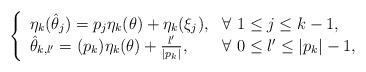
LaTeX: \begin{align*}\left\{\begin{array}{ll}{\eta_{k}}(\hat{\theta}_{j})=p_{j}{\eta_{k}}(\theta)+{\eta_{k}}(\xi_{j}),& \forall\ 1\leq j\leq k-1,\\\hat{\theta}_{k,l'}=(p_{k}){\eta_{k}}(\theta)+{l'\over |p_{k}|},& \forall\ 0\leq l'\leq |p_{k}|-1,\\\end{array}\right.\end{align*}